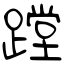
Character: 蹚